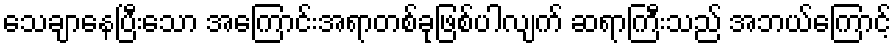
သေချာနေပြီးသော အကြောင်းအရာတစ်ခုဖြစ်ပါလျက် ဆရာကြီးသည် အဘယ်ကြောင့်